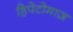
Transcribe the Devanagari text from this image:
हिपेटोमाज़